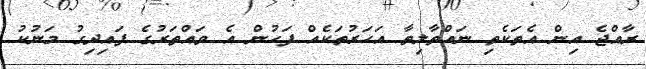
ރާއްޖެ އިން އެތަކެތި ނައްތާލިތާ އަހަރުތަކެއް ފަހުން އެ ވައްތަރުގެ ފައިދިގު މަނުކު